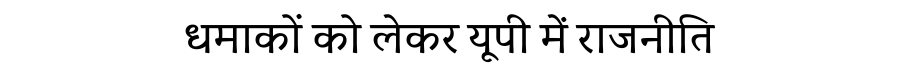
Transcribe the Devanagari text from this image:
धमाकों को लेकर यूपी में राजनीति